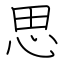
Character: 思